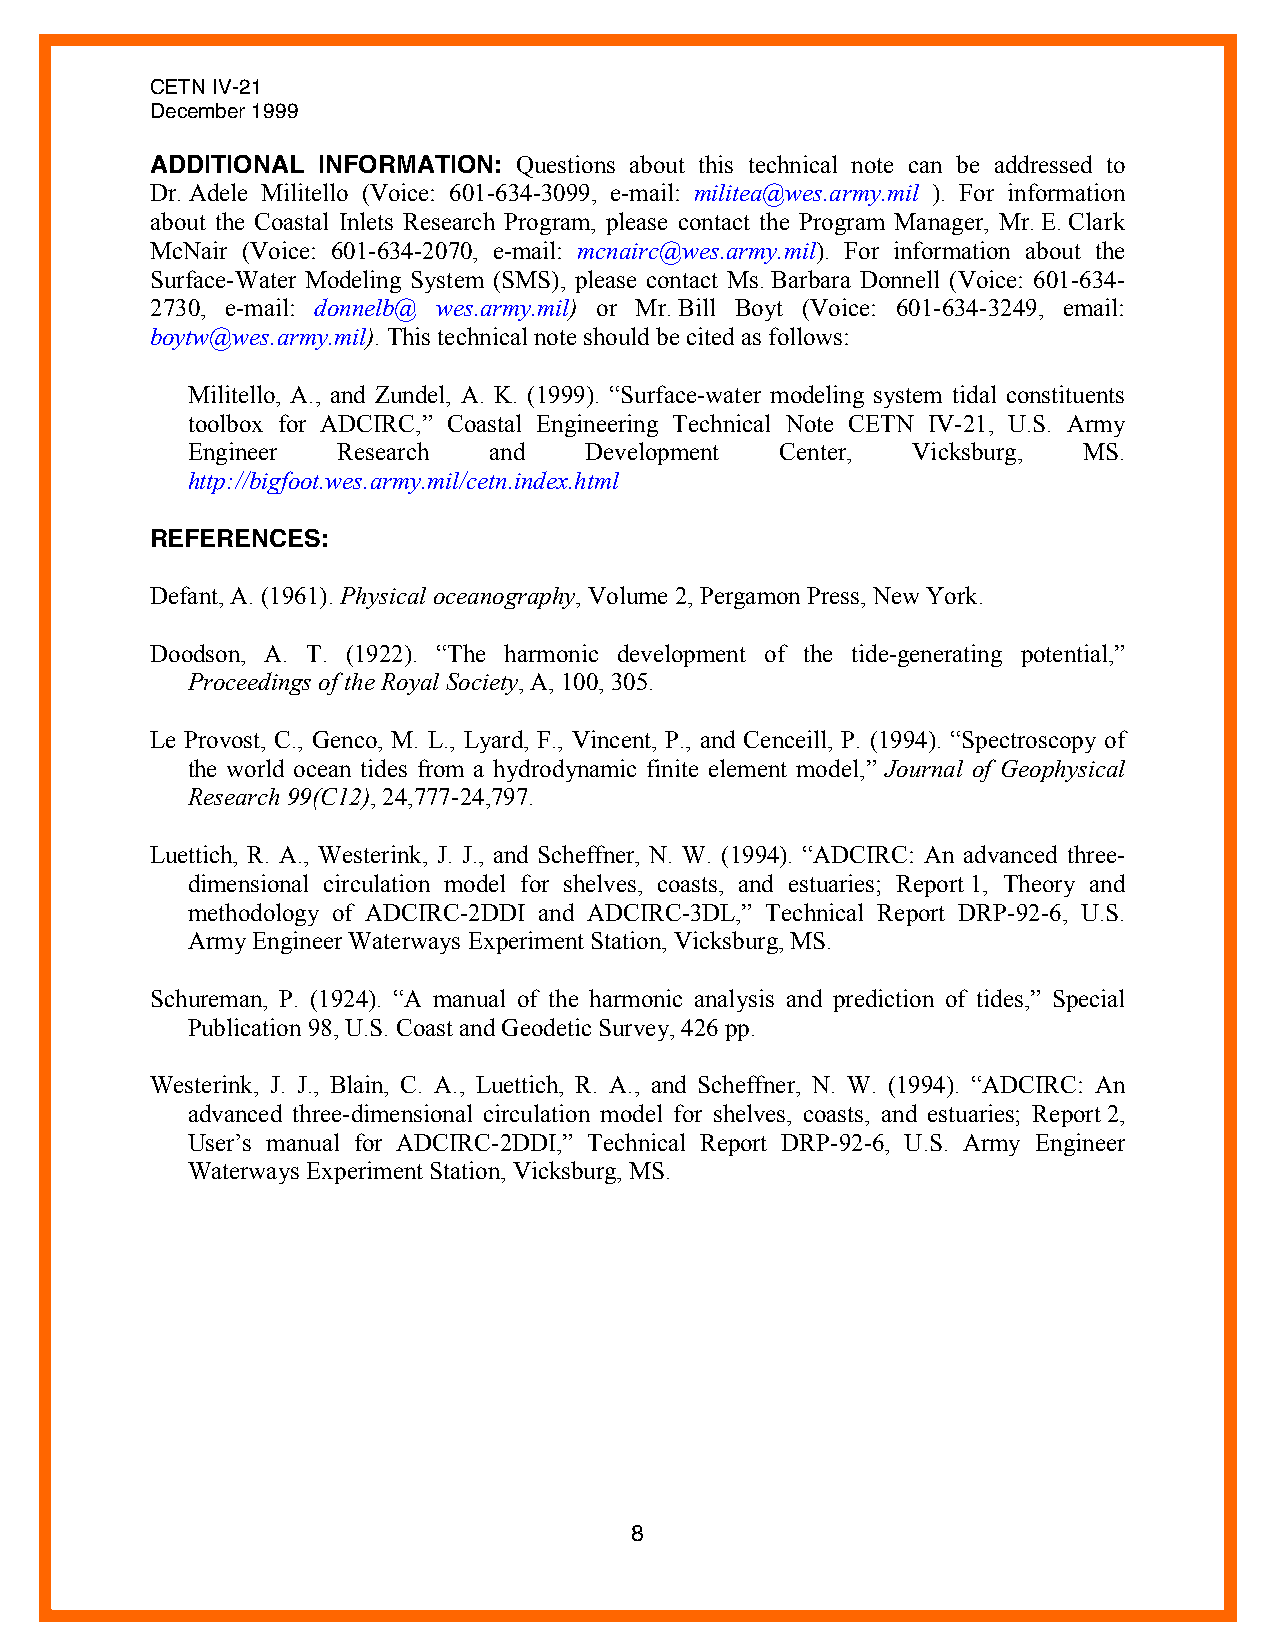
CETN IV-21
 December 1999
 ADDITIONAL INFORMATION: Questions about this technical note can be addressed to
 Dr. Adele Militello (Voice: 601-634-3099, e-mail: militea@wes.army.mil ). For information
 about the Coastal Inlets Research Program, please contact the Program Manager, Mr. E. Clark
 McNair (Voice: 601-634-2070, e-mail: mcnairc@wes.army.mil). For information about the
 Surface-Water Modeling System (SMS), please contact Ms. Barbara Donnell (Voice: 601-634-
 2730, e-mail: donnelb@ wes.army.mil) or Mr. Bill Boyt (Voice: 601-634-3249, email:
 boytw@wes.army.mil). This technical note should be cited as follows:
 Militello, A., and Zundel, A. K. (1999). “Surface-water modeling system tidal constituents
 toolbox for ADCIRC,” Coastal Engineering Technical Note CETN IV-21, U.S. Army
 Engineer  Research  and    Development  Center, Vicksburg,  MS.
 http://bigfoot.wes.army.mil/cetn.index.html
 REFERENCES:
 Defant, A. (1961). Physical oceanography, Volume 2, Pergamon Press, New York.
 Doodson, A. T. (1922). “The harmonic development of the tide-generating potential,”
 Proceedings of the Royal Society, A, 100, 305.
 Le Provost, C., Genco, M. L., Lyard, F., Vincent, P., and Cenceill, P. (1994). “Spectroscopy of
 the world ocean tides from a hydrodynamic finite element model,” Journal of Geophysical
 Research 99(C12), 24,777-24,797.
 Luettich, R. A., Westerink, J. J., and Scheffner, N. W. (1994). “ADCIRC: An advanced three-
 dimensional circulation model for shelves, coasts, and estuaries; Report 1, Theory and
 methodology of ADCIRC-2DDI and ADCIRC-3DL,” Technical Report DRP-92-6, U.S.
 Army Engineer Waterways Experiment Station, Vicksburg, MS.
 Schureman, P. (1924). “A manual of the harmonic analysis and prediction of tides,” Special
 Publication 98, U.S. Coast and Geodetic Survey, 426 pp.
 Westerink, J. J., Blain, C. A., Luettich, R. A., and Scheffner, N. W. (1994). “ADCIRC: An
 advanced three-dimensional circulation model for shelves, coasts, and estuaries; Report 2,
 User’s manual for ADCIRC-2DDI,” Technical Report DRP-92-6, U.S. Army Engineer
 Waterways Experiment Station, Vicksburg, MS.
 8